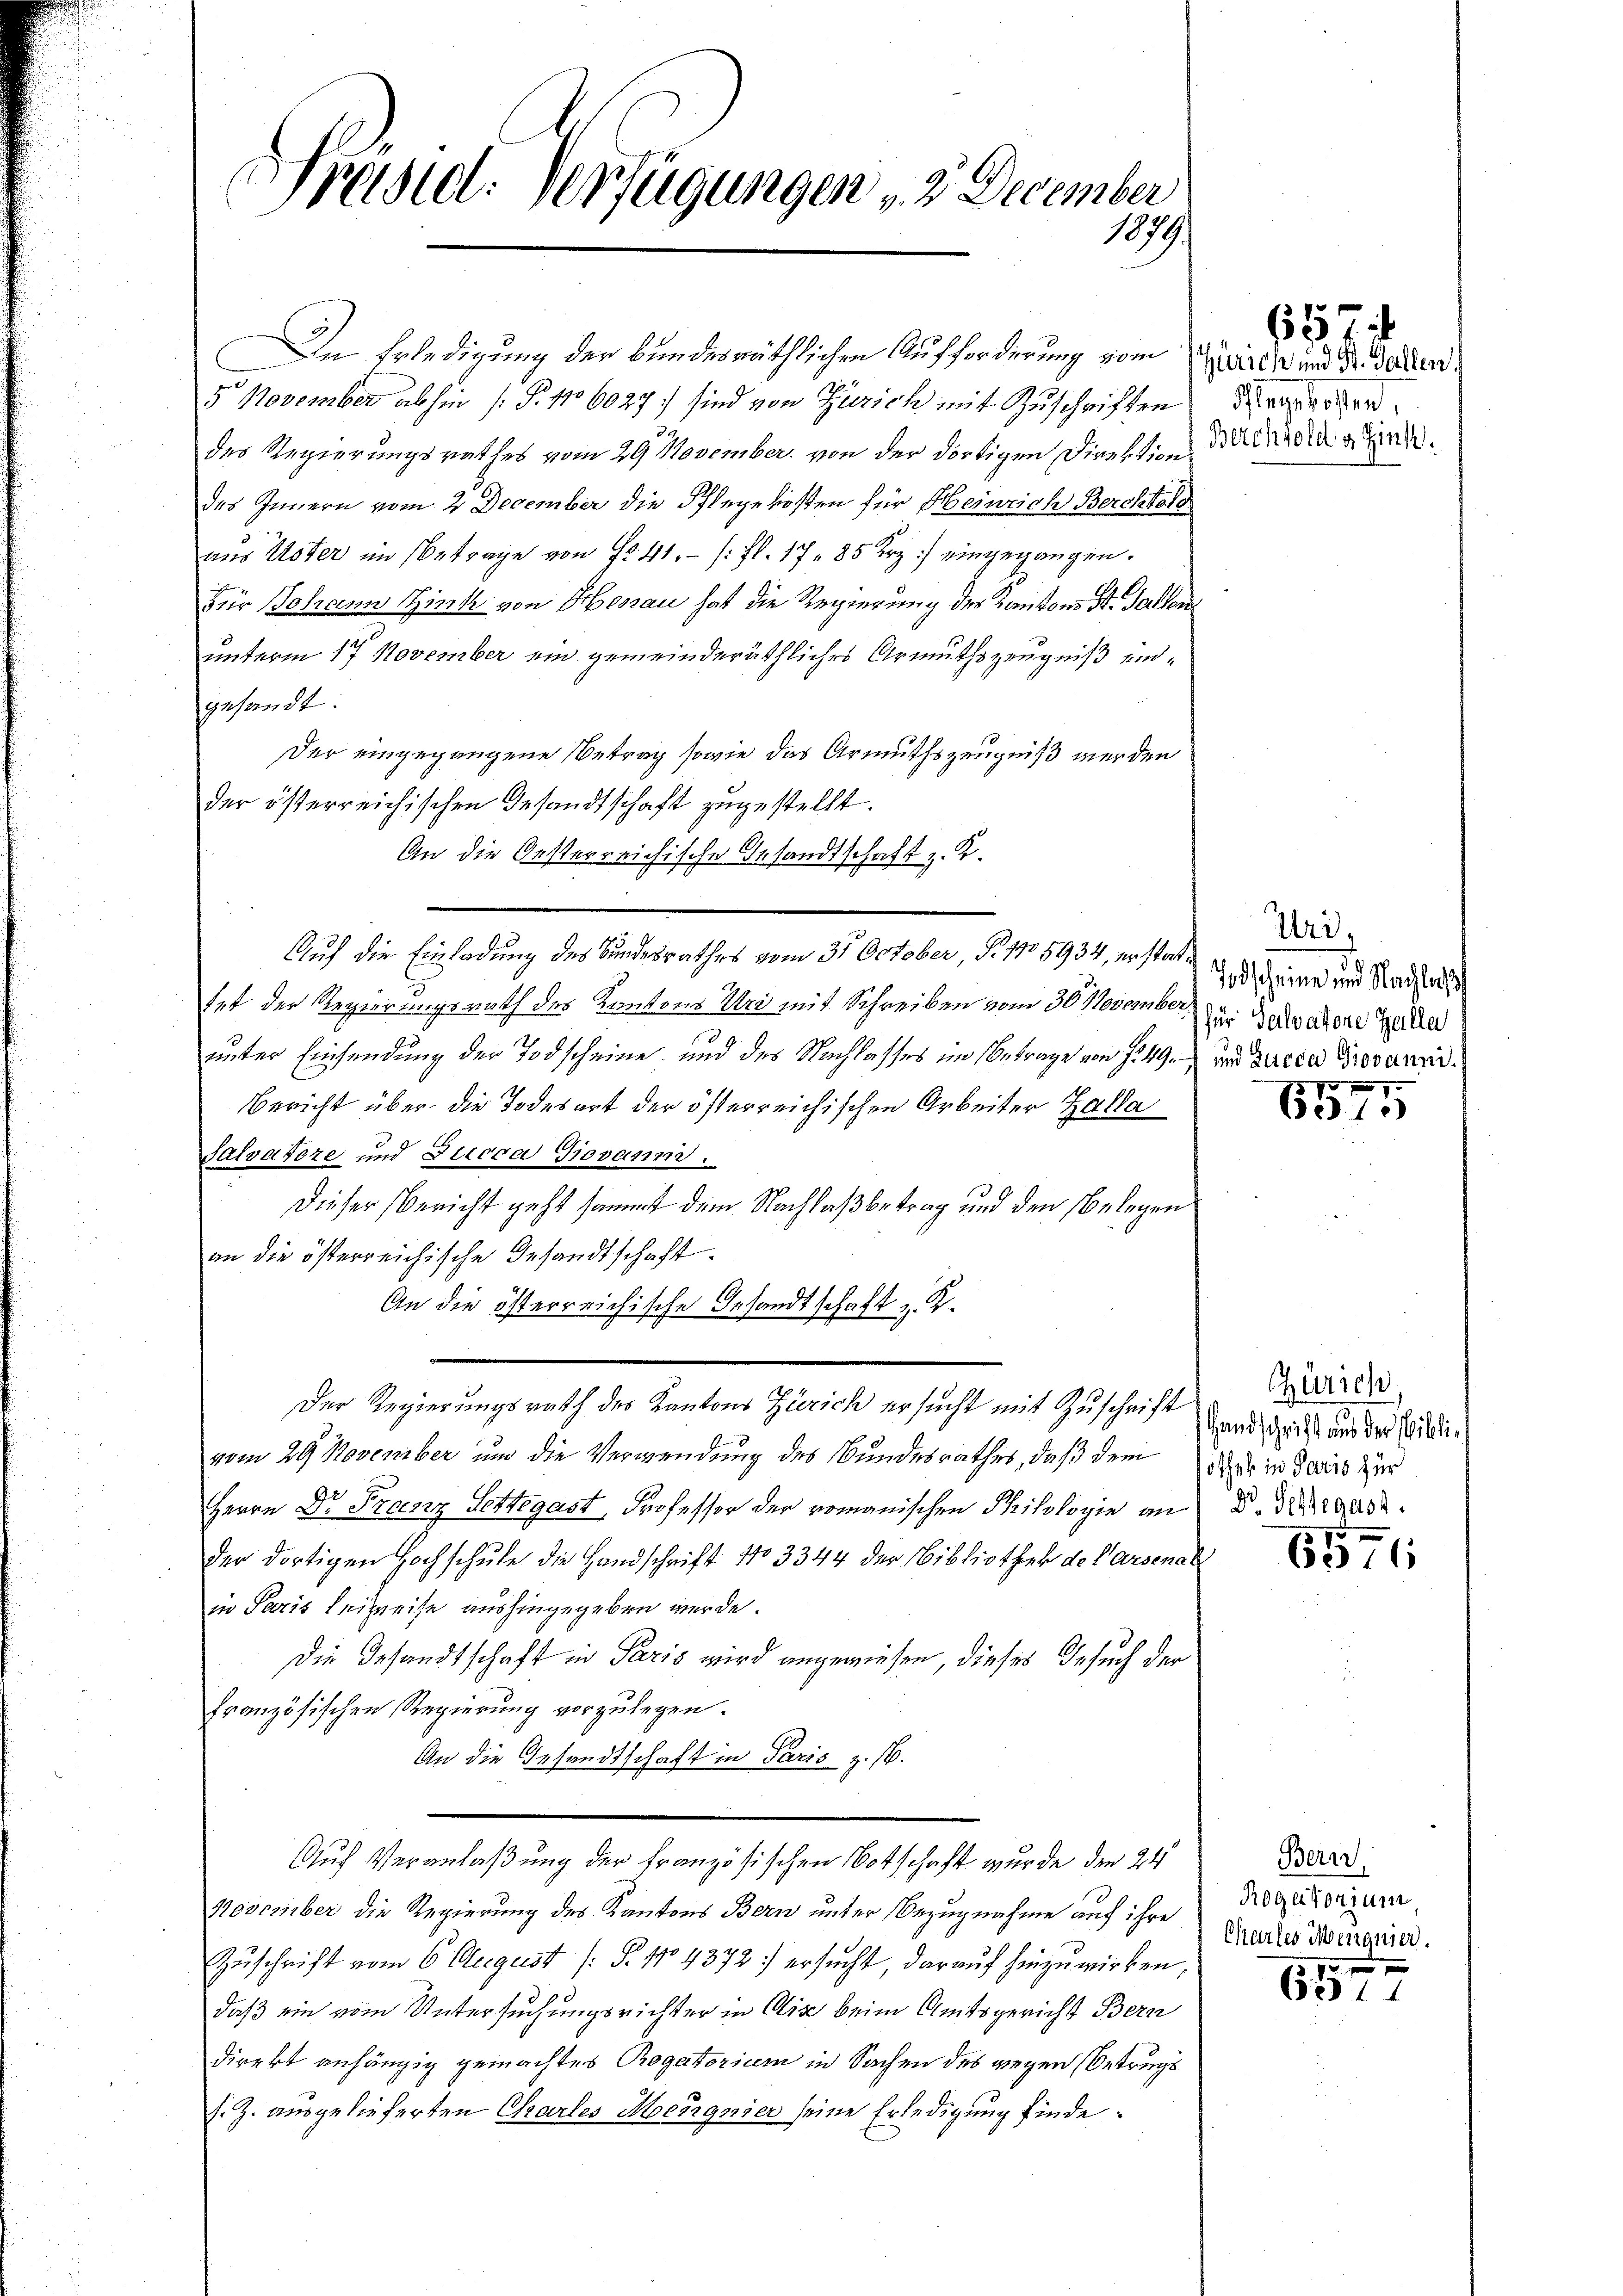
Präsid. Verfügungen v. 3. December
1899/

In Erledigung der bundesräthlichen Aufforderung vom Edits und Dr. Testand.
5 November abhin (§. 106027 sind von Zürich mit Zuschriften
des Regierungsrathes vom 29. November von der dortigen Direktion der die and
des Innern vom 2 December die Pflegekosten für Heinrich Berchtoro
aus Uster im Betrage von Fr. 41. /: fl. 1785 Erz) eingegangen.
Für Johann Hink von Herau hat die Regierung der Kantons St. Gallen
unterm 17 November ein gemeinderäthliches Armutszeugniß eingesandt.
Der eingegangene Betrag sowie das Armuthszeugniß werden
der österreichischen Gesandtschaft zugestellt.
An die Oesterreichische Gesandtschaft z. K.
Auf die Einladung des Bundesrathes vom 31 October, P. No 5934, erstattet der Regierungsrath des Kantons Uri mit Schreiben vom 30. November das Geradere Zeile
unter Einsendung der Todscheine und des Nachlasses im Betrage von f. 49.
Bericht über die Todesart der österreichischen Arbeiter Zalla
Salvatore und Ziecca Giovaum.
Dieser Bericht geht sammt dem Nachlaßbetrag und den belegen
an die österreichische Gesandtschaft
An die österreichische Gesandtschaft z. K.
Der Regierungsrath des Kantons Zürich ersucht mit Zuschrift
vom 29 November um die Verwendung des Bundesrathes, daß dem
Herrn Dr Franz Settegast, Professor der romanischen Philologie an
der dortigen Hochschule die Handschrift No 3344 der Bibliothek der Arsenal
in Paris Leihweise aushingegeben werde.
Die Gesandtschaft in Paris wird angewiesen, dieses Gesuch der
französischen Regierung vorzulegen.
An die Gesandtschaft in Paris z. B.
Auf Veranlaßung der französischen Botschaft wurde den 24
November die Regierung des Kantons Bern unter Bezugnahme auf ihre
Zuschrift vom 6 August [ P. No 4372: ersucht, darauf hinzuwirken,
daß ein vom Untersuchungsrichter in die beim Amtsgericht Bern
direkt anhängig gemachtes Rogatorium in Sachen des gegen Betrugs
s. Z. ausgelieferten Chartes Montagnier seine Erledigung finde:

657
Pflegekosten,

Ur
Todscheine und Nachlass
und Lucca Giovanni.

6575

Zürich,
Handschrift aus der Bibliothek in Paris für
g Settegast.

575
6316

Bern,
Rogatorium
Chartes Meignier
10 x

6211